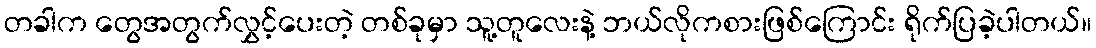
တခါက တွေအတွက်လွှင့်ပေးတဲ့ တစ်ခုမှာ သူ့တူလေးနဲ့ ဘယ်လိုကစားဖြစ်ကြောင်း ရိုက်ပြခဲ့ပါတယ်။